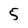
Character: 5